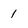
Character: 1